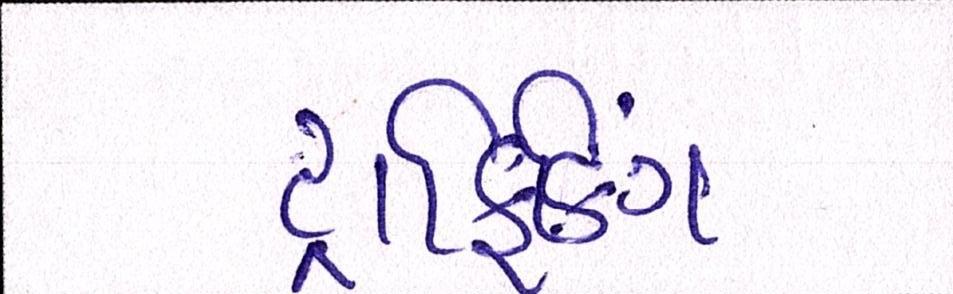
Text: ટ્રાફિકિંગ